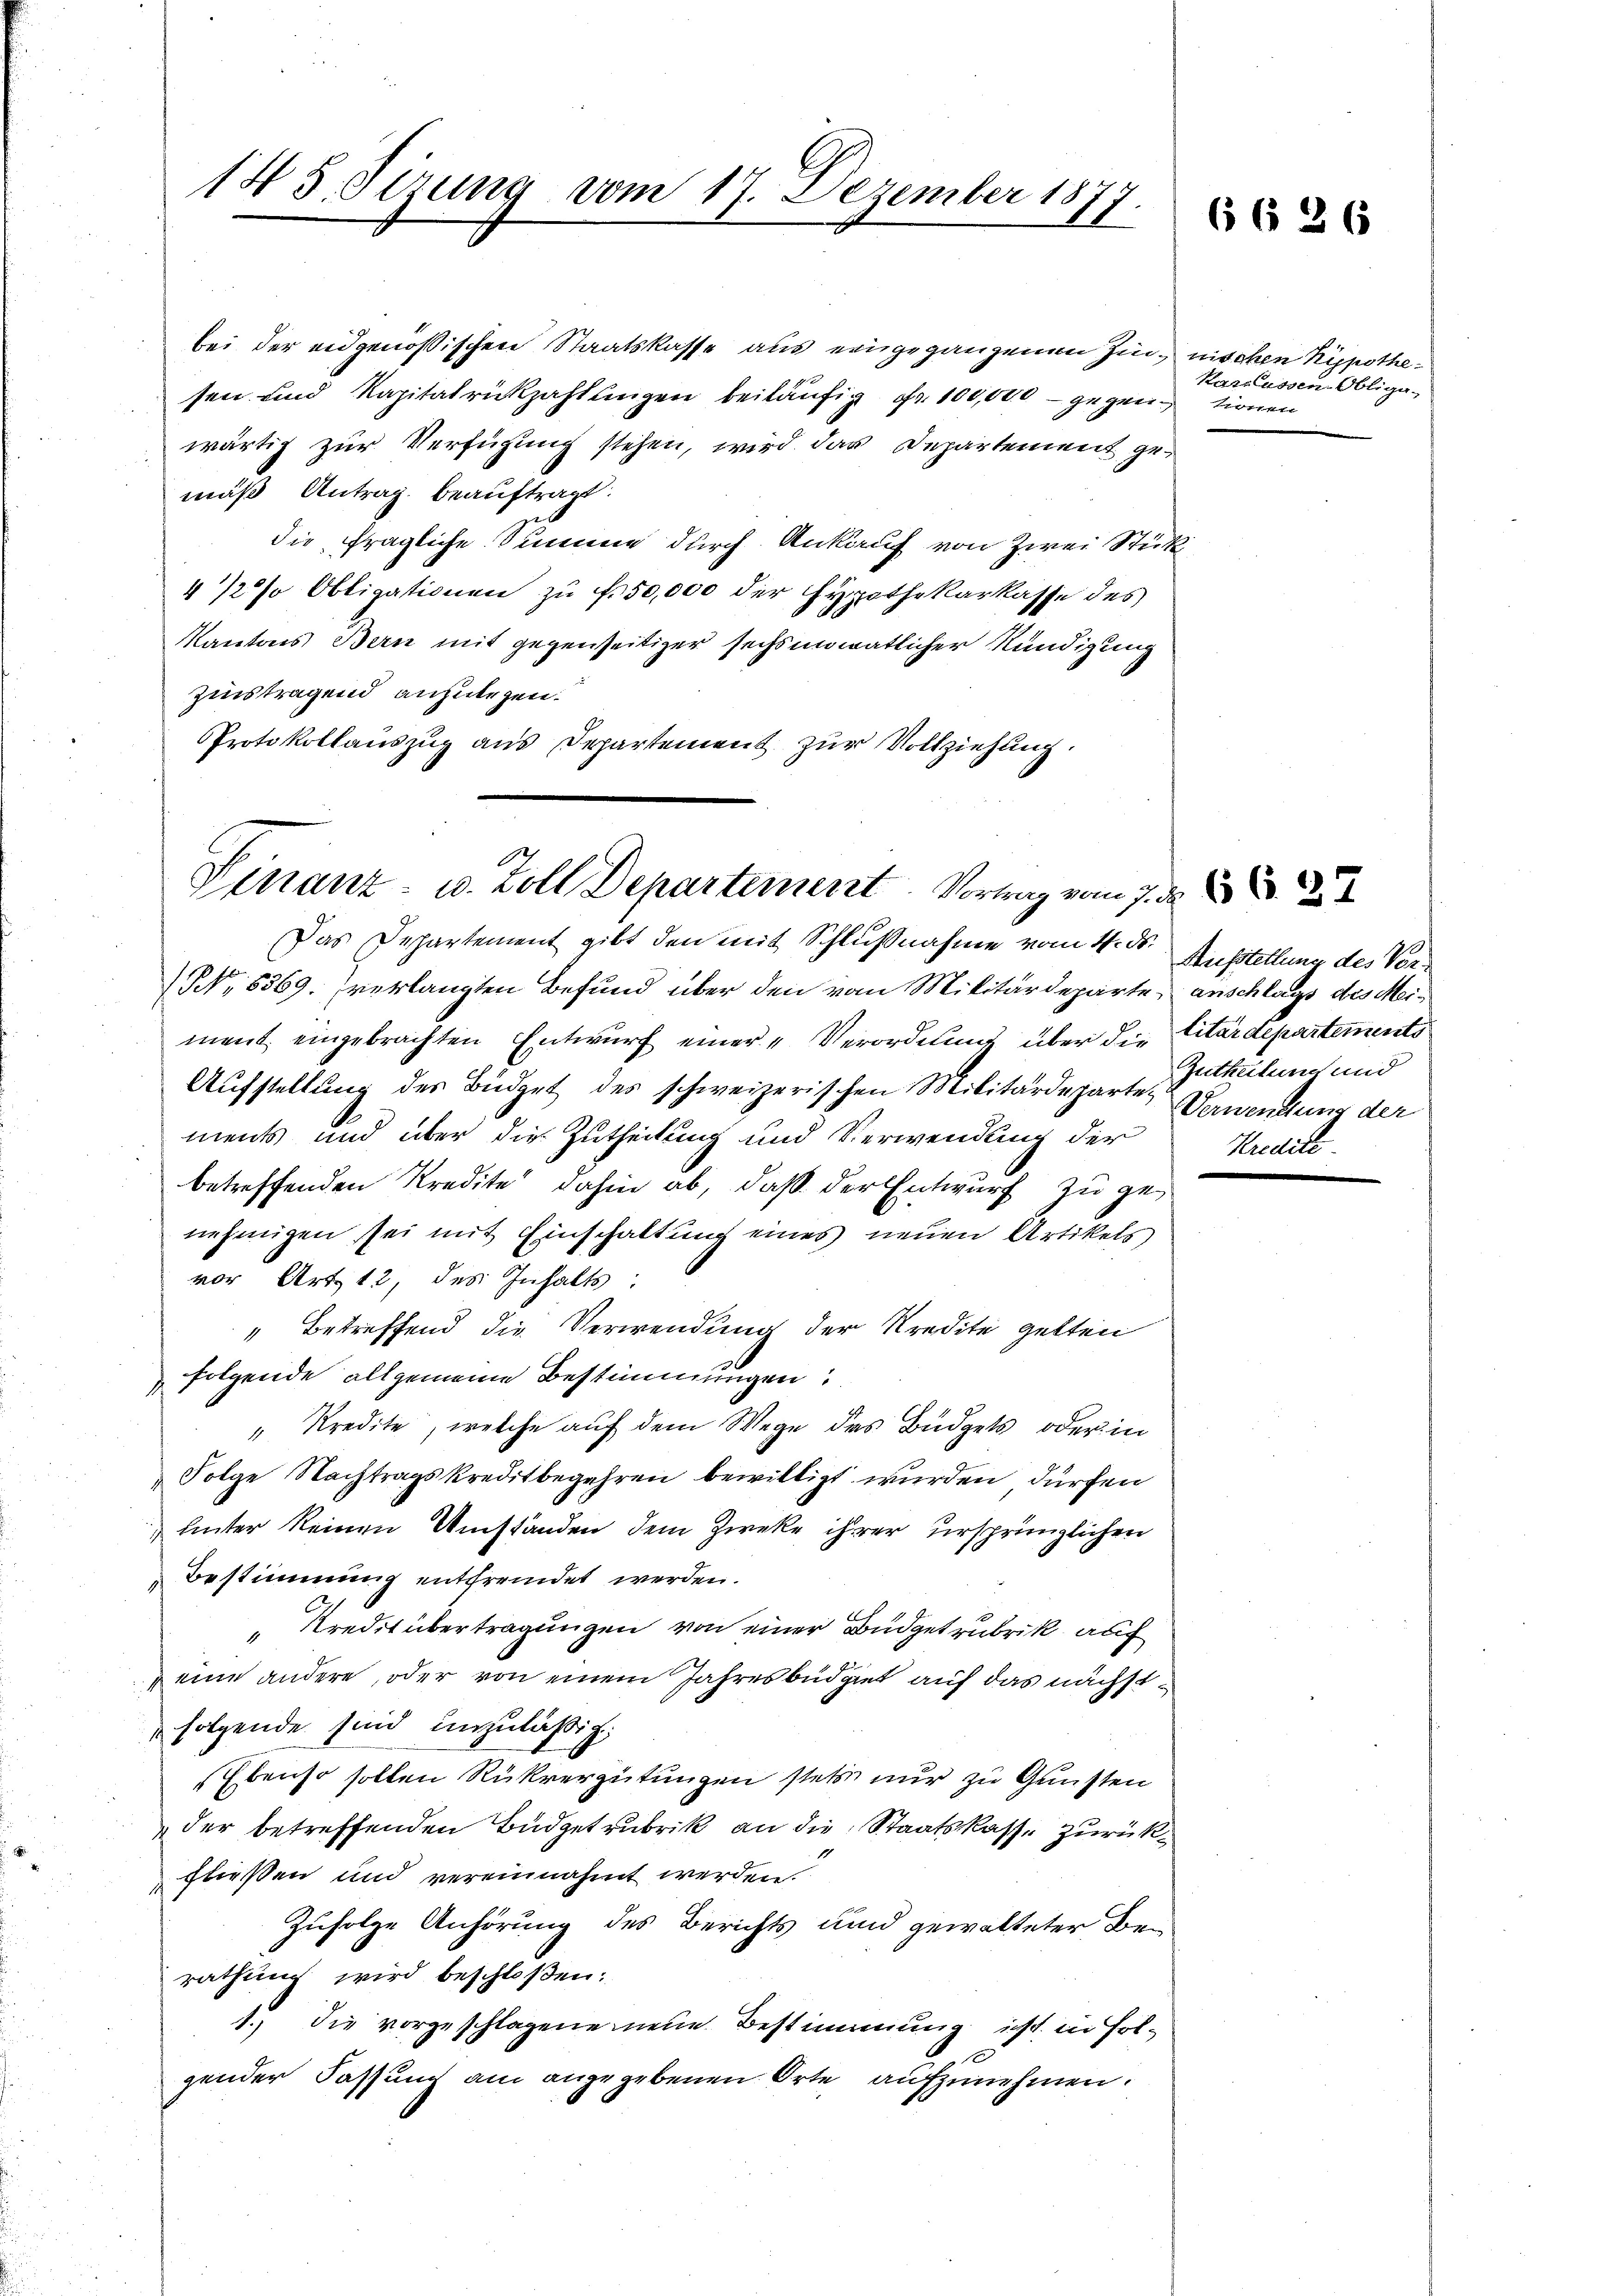
145. Sizung vom 17. Dezember 1877
E

bei der eidgenößischen Staatskasse aus eingegangenen Zin, nischen Kypothesen und Kapitalrückzahlungen beiläufig Fr. 100,000 - gegenwärtig zur Verfügung stehen, wird das Departement gemäß Antrag beauftragt:
die fragliche Summe durch Ankauf von Zwei Stük¬
4/2% Obligationen zu f. 50,000 der Hypothekarkasse des
Kantons Bern mit gegenseitiger sechsmimatlicher Kündigung
zinstragend anzulegen¬
Protokollauszug aus Departement zur Vollziehung.

Finanz- u. Zoll Departement. Vortrag vom 7. d. M
Das Departement gibt den mit Schlußnahme vom 4. d. Ausstellung des Ver¬

(No 8369. verlangten Befund über den vom Militärdeparte, anschlags des Meiment eingebrachten Entwurf einer Verordnung über die Citardepartements
Aufstellung des Büdget des schweizerischen Militärdeparten Bewendung der
ments und über die Zutheilung und Verwendung der Kredite-
betreffenden Kredite dahin ab, daß der Entwurf zu genehmigen sei mit Einschaftung eines neuen Artikels
vor Art. 12, des Inhalts:
" Betreffend die Verwendung der Kredite gelten
folgende allgemeine Bestimmungen
d
" Kredite, welche auf dem Wege des Büdgets, oder in
Folge Nachtragskreditbegehren bewilligt wurden, dürfen
hinter keinen Umständen dem Zweke ihrer ursprünglichen
Bestimmung entfremdet werden.
"Kredit übertragungen von einer Büdgetrubrik auf
 eine andere, oder von einem Jahresbüdget auf das nächstfolgende sind unzuläßig;
Ebenso sollen Rückvergütungen stets nur zu Gunsten
der betreffenden Budgetrubrik an die Staatskasse zurückfließen und vereinnahmt werden.
Zufolge Anhörung des Berichts und gewalteter Berathung wird beschloßen:
1.) Die vorgeschlagene neue Bestimmung ist in Folgender Fassung am angegebenen Orte aufzunehmen.

6636

Karaussen Obliga-
trorien

Zutheilung und